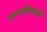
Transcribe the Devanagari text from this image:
साप्ताहिकांची